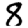
Digit: 8